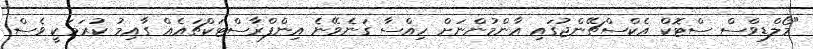
"މޯލްޑިވްސް ސްޓޮކް އެކްސްޗޭންޖުގައި އާންމުންނަށް ހިއްސާ ގަނެވޭނެ އިންފްރާސްޓަކްޗައެއް ގާއިމު ކުރަމަކީ ވެސް